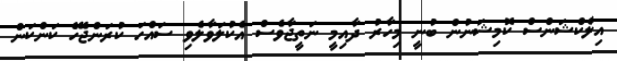
އިލެކްޝަންސް ކޮމިޝަނުން ބުނީ މިހާރު ދާއިމީ ނަތީޖާވެސް އެކުލަވާލެވި ސައްހަ ކުރަންޖެހޭ ކަންކަން